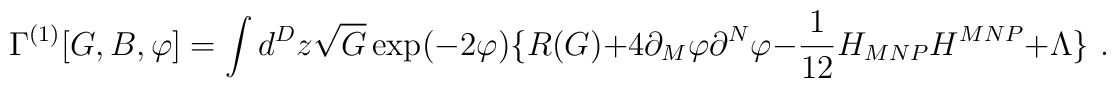
\Gamma ^{(1)}[G,B,\varphi ]=\int d^Dz \sqrt{G}\exp (-2\varphi )\{R(G)+4\partial _{M}\varphi \partial ^{N}\varphi-\frac{1}{12}H_{MNP}H^{MNP}+\Lambda\}\,\,.